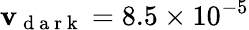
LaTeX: \mathbf{v}_{\mathrm{{~d~a~r~k~}}}=8.5\times10^{-5}